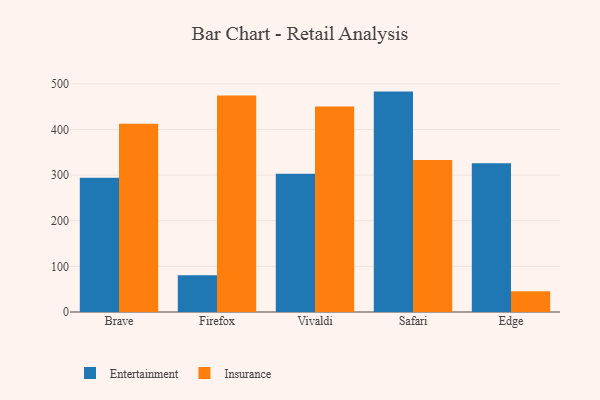
{"axis": {"x": "Browser", "y": "Energy Usage (MWh)"}, "legend": ["Entertainment", "Insurance"], "data": [{"x": "Brave", "y": 294.4, "type": "Entertainment"}, {"x": "Brave", "y": 412.3, "type": "Insurance"}, {"x": "Firefox", "y": 80.8, "type": "Entertainment"}, {"x": "Firefox", "y": 474.3, "type": "Insurance"}, {"x": "Vivaldi", "y": 302.8, "type": "Entertainment"}, {"x": "Vivaldi", "y": 450.6, "type": "Insurance"}, {"x": "Safari", "y": 483.0, "type": "Entertainment"}, {"x": "Safari", "y": 333.0, "type": "Insurance"}, {"x": "Edge", "y": 325.9, "type": "Entertainment"}, {"x": "Edge", "y": 45.7, "type": "Insurance"}]}